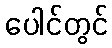
ပေါင်တွင်